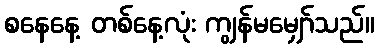
စနေနေ့ တစ်နေ့လုံး ကျွန်မမျှော်သည်။